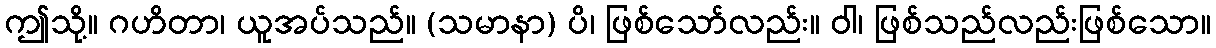
ဤသို့။ ဂဟိတာ၊ ယူအပ်သည်။ (သမာနာ) ပိ၊ ဖြစ်သော်လည်း။ ဝါ၊ ဖြစ်သည်လည်းဖြစ်သော။